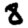
Digit: 8